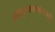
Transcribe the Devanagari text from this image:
सह्यकुलाचलाश्रितपुरे